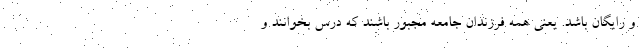
و رایگان باشد. یعنی همه فرزندان جامعه مجبور باشند که درس بخوانند و